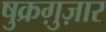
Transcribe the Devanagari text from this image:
षुक्रग़ुज़ार